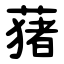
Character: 蕏